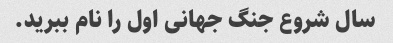
سال شروع جنگ جهانی اول را نام ببرید.